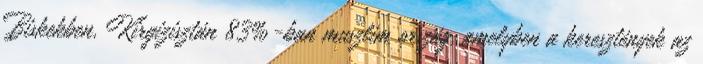
Biskekben, Kirgizisztán 83%-ban muszlim ország, amelyben a keresztények az